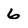
Character: 6